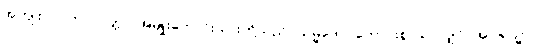
အကျိုးငှာ။ ကုလပုတ္တာ၊ အမျိုးကောင်းသားတို့သည်။ သမ္မဒေဝ၊ ကောင်းစွာသာလျှင်။ အဂါရသ္မာ၊